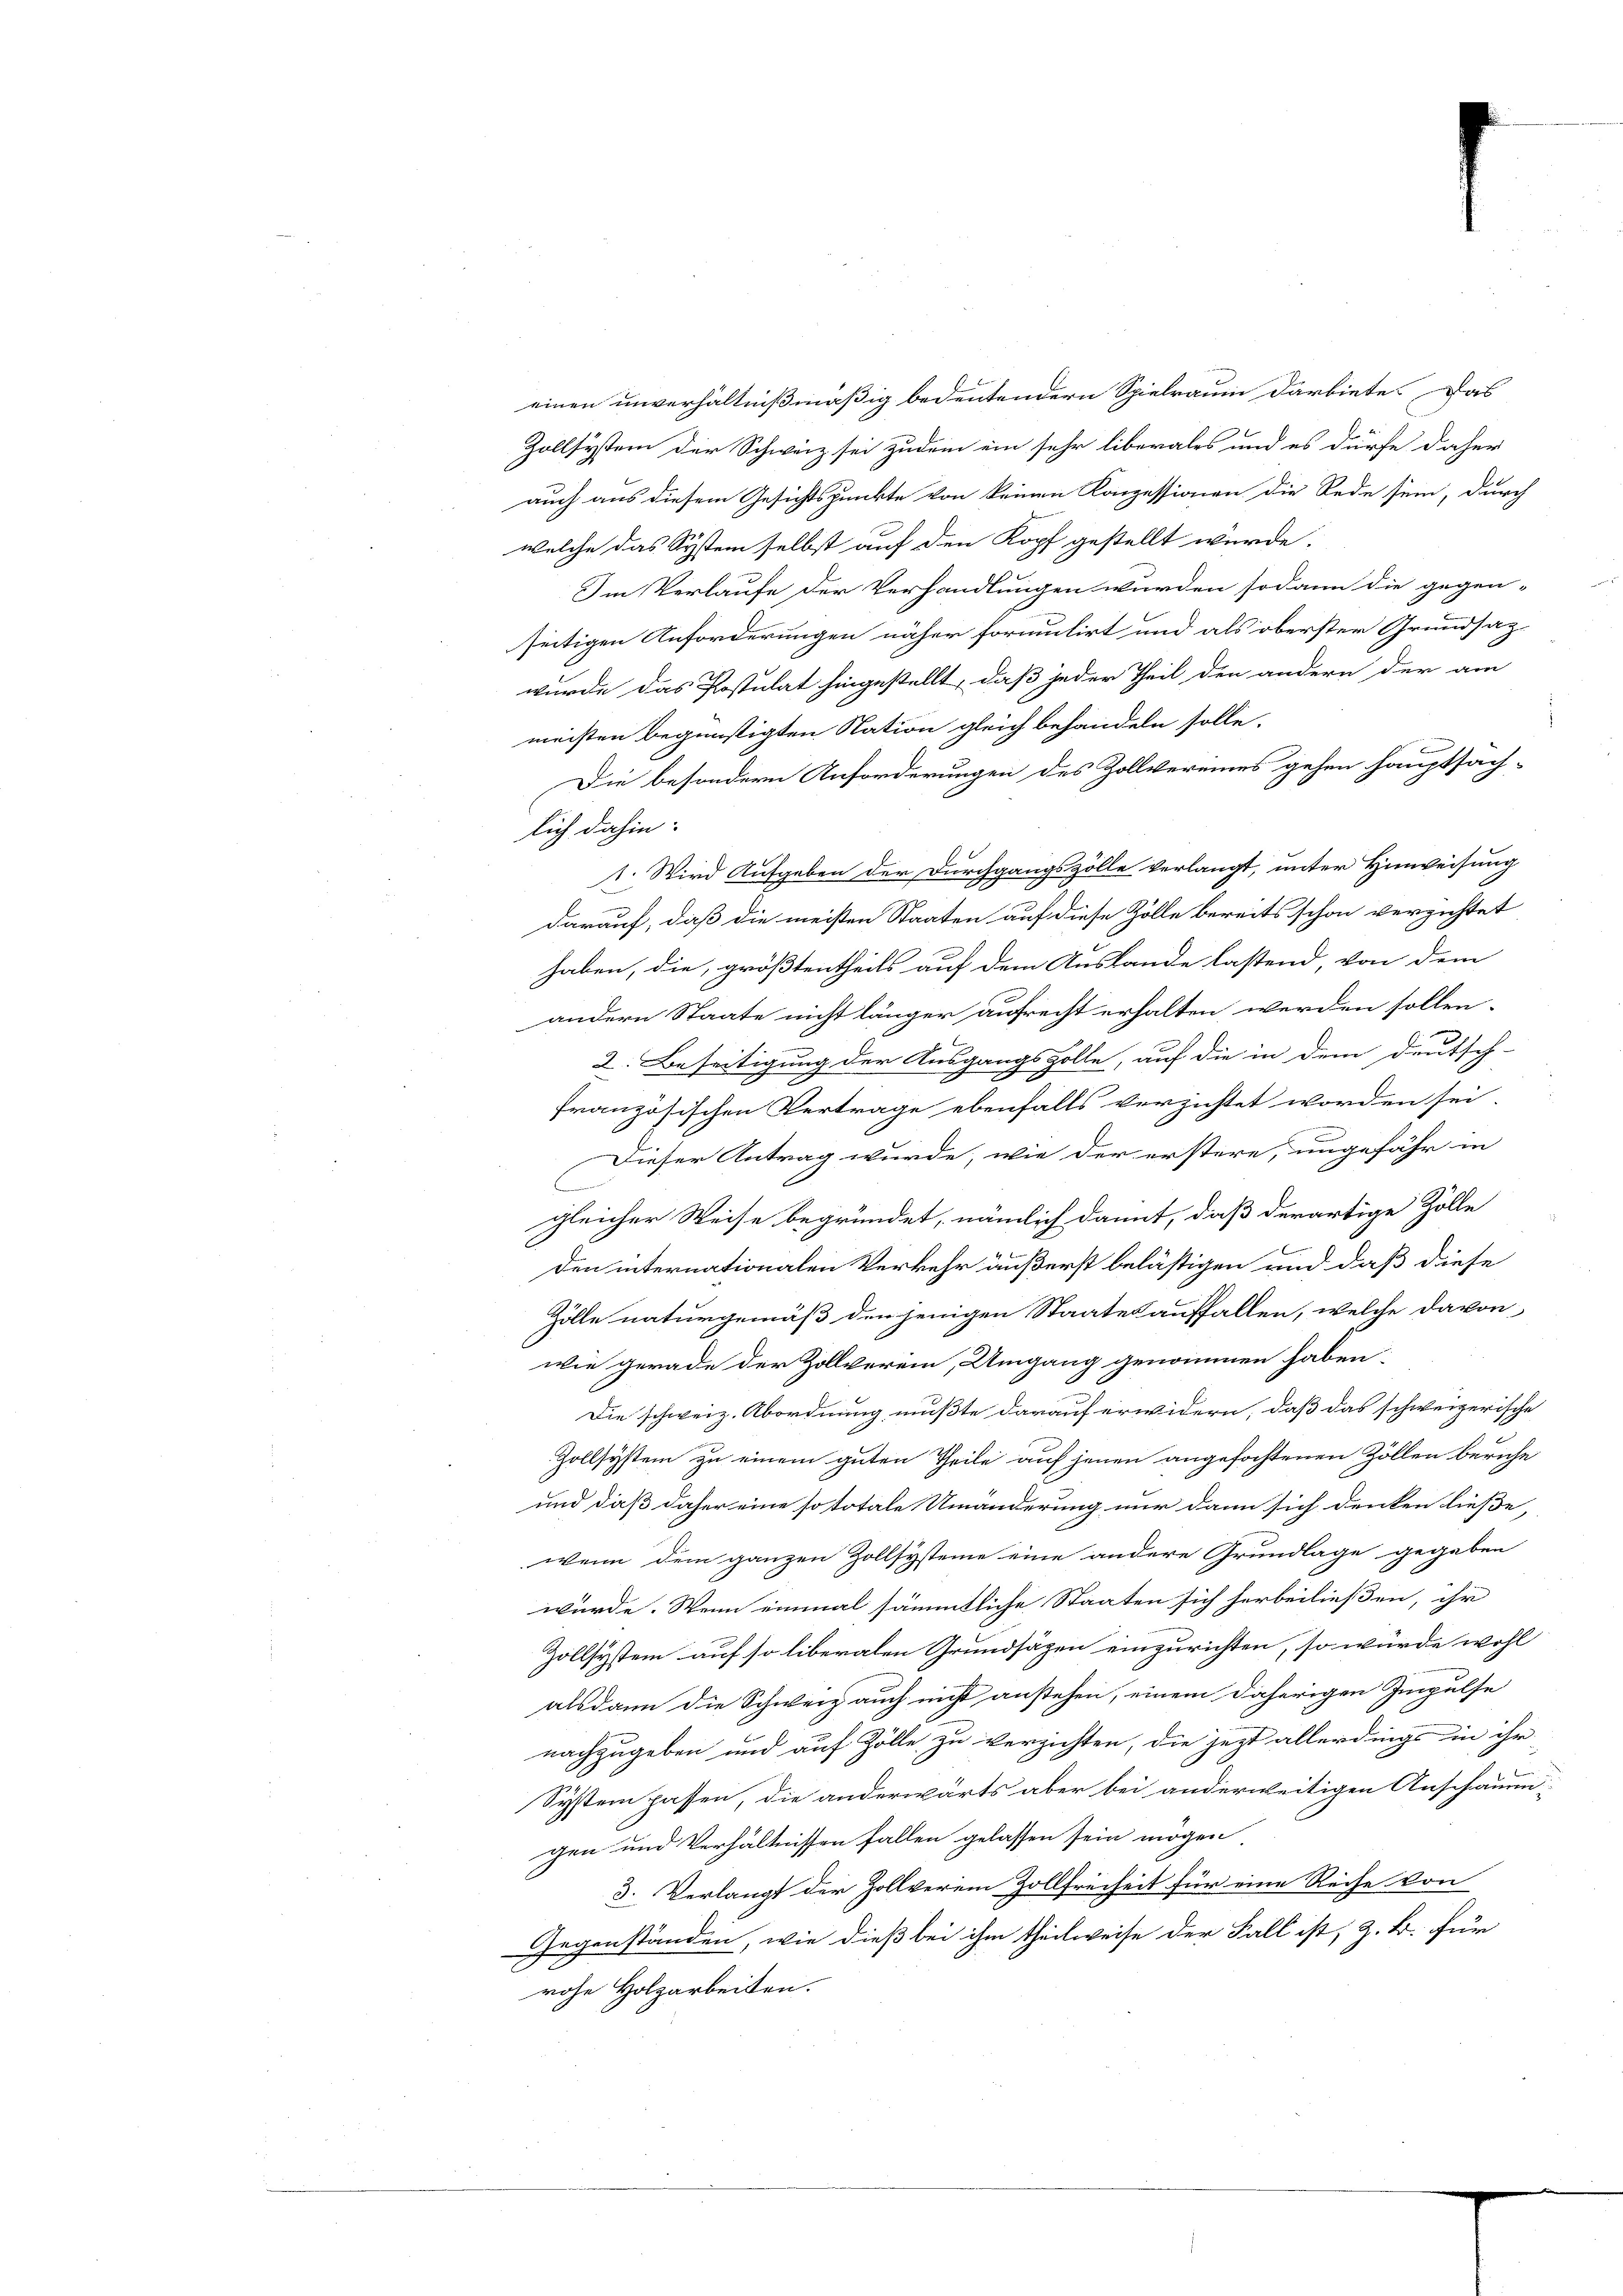
einen unverhältnißmäßig bedeutendern Spielraum darbiete. Das
Zollsystem der Schweiz sei zudem ein sehr liberales und es dürfe daher
auch aus diesem Gesichtspunkte von keinen Konzessionen die Rede sein, durch
welche das System selbst auf den Kopf gestellt wurde.
Im Verlaufe der Verhandlungen wurden sodann die gegen-
seitigen Anforderungen näher formulirt und als oberster Grundsatz
wurde das Postulat hingestellt, daß jeder Theil den andern der am
meisten begünstigten Nation gleich behandeln solle.
Die besondern Anforderungen des Zollvereines gehen hauptsachlich dahin:
1. Wird Aufgeben der Durchgangszölle verlangt, unter Hinweisung
F
darauf, daß die meisten Staaten auf diese Zölle bereits schon verzichtet
haben, die, größtentheils auf dem Auslande lastend, von dem
andern Staate nicht länger aufrecht erhalten werden sollen.
2. Beseitigung der Ausgangszolle, auf die in dem deutsch-
französischen Vertrage ebenfalls verzichtet worden sei.
E
Dieser Antrag wurde, wie der erstere, ungefähr in
C
gleicher Weise begründet, nämlich damit, daß derartige Zölle
Den internationalen Verkehr äußerst belästigen und daß diese
Zölle naturgemäß den jenigen Staates auffallen, welche davon
wie gerade der Zollverein, Umgang genommen haben:
Die schweiz. Abordnung mußte darauf erwidern, daß das schweizerische
Zollsystem zu einem guten Theile auf jenen angefochtenen Zöllen beriche
und daß daher eine so totale Umänderung nur dann sich denken ließe,
wenn dem ganzen Zollsysteine eine andere Grundlage gegeben
würde. Wenn einmal sämmtliche Staaten sich herbeiließen, ihr
Zollsystem auf so liberalen Grundsätzen einzurichten, so würde wohl
alsdann die Schweiz auch nicht anstehen, einem daherigen Impulse
nachzugeben und auf Zölle zu verzichten, die jezt allerdings in ihr
System passen, die anderwärts aber bei anderweitigen Anschauen-
gen und Verhältnissen fallen gelassen sein mögen
3. Verlangt der Zollverein Zollfreiheit für eine Reihe von
Gegenständen, wie dieß bei ihm theilweise der Fall ist, z. B. für
rohe Holzarbeiten.